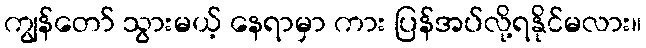
ကျွန်တော် သွားမယ့် နေရာမှာ ကား ပြန်အပ်လို့ရနိုင်မလား။